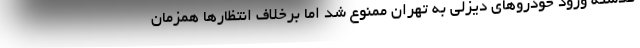
گذشته ورود خودروهای دیزلی به تهران ممنوع شد اما برخلاف انتظارها همزمان